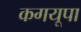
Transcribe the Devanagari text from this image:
कगयूपा